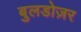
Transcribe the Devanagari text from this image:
बुलडोज़र